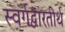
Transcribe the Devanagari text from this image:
स्वर्गद्वारतीर्थ